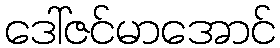
ဒေါ်ဇင်မာအောင်